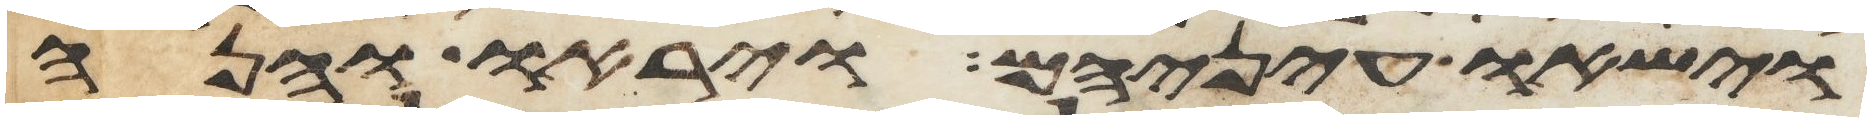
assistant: וישאו עיניהם ויראו והנה